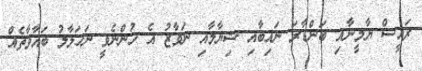
ރައީސް ޔާމީނާއި ބަންޑާރަ ނައިބާއި ޝިޔާމާއި ނަވާޒު އެ ހުންނެވީ ނަހަލާލު ބަޣާވާތެއް